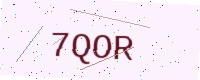
Text: 7QOR